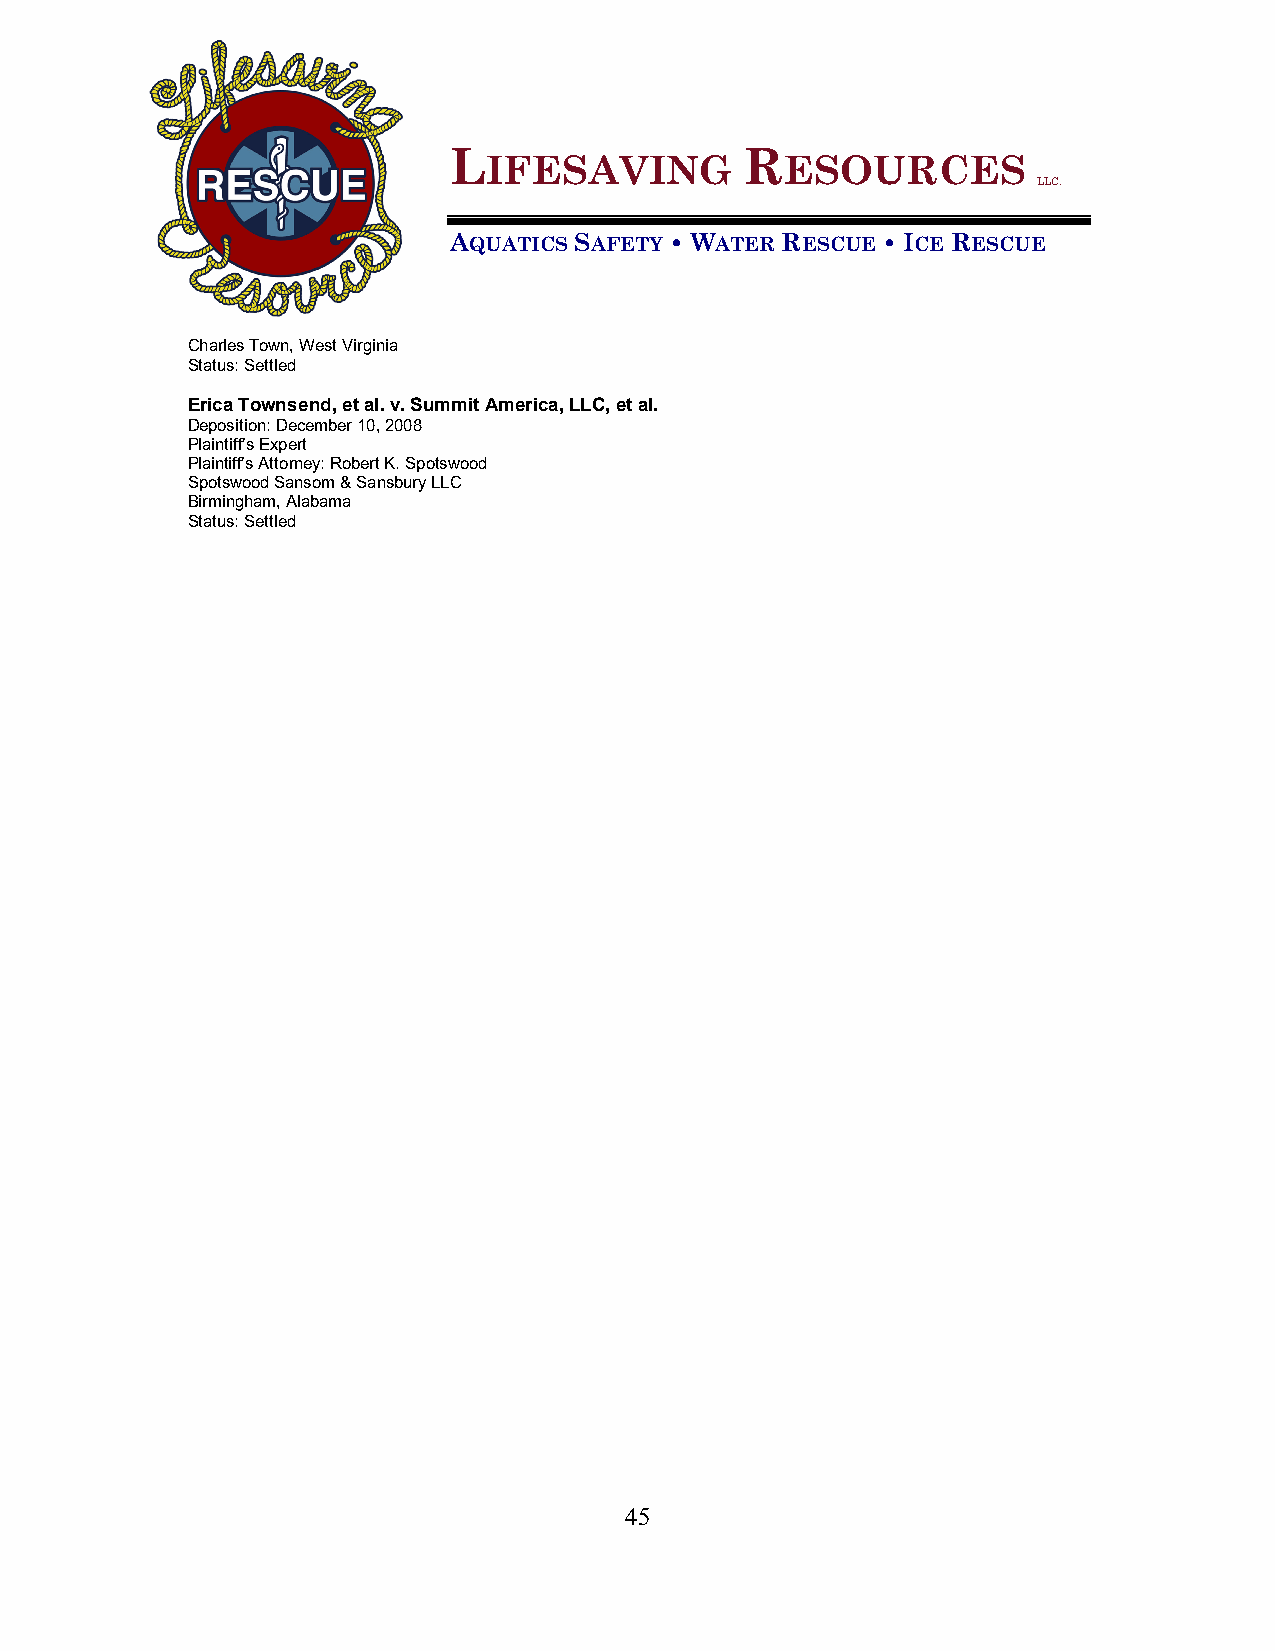
L                  R
 IFESAVING           ESOURCES
 LLC.
 AQUATICS SAFETY • WATER RESCUE • ICE RESCUE
 Charles Town, West Virginia
 Status: Settled
 Erica Townsend, et al. v. Summit America, LLC, et al.
 Deposition: December 10, 2008
 Plaintiff’s Expert
 Plaintiff’s Attorney: Robert K. Spotswood
 Spotswood Sansom & Sansbury LLC
 Birmingham, Alabama
 Status: Settled
 45